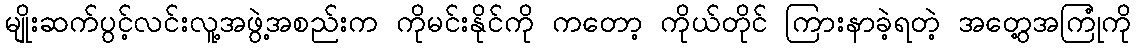
မျိုးဆက်ပွင့်လင်းလူ့အဖွဲ့အစည်းက ကိုမင်းနိုင်ကို ကတော့ ကိုယ်တိုင် ကြားနာခဲ့ရတဲ့ အတွေ့အကြုံကို